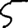
Digit: 5